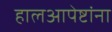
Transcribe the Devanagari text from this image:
हालआपेष्टांना